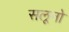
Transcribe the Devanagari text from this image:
सलूनो